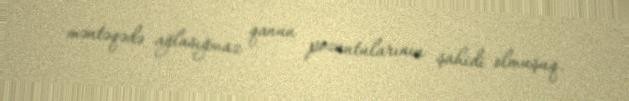
məntəqədə ağlasığmaz qanun pozuntularının şahidi olmuşuq.